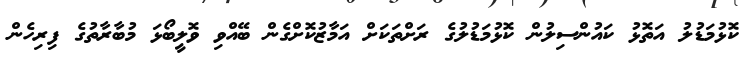
ކޮޅުމަޑުލު އަތޮޅު ކައުންސިލުން ކޮޅުމަޑުލުގެ ރަށްތަކަށް އަމާޒުކޮށްގެން ބޭއްވި ވޮލީބޯޅަ މުބާރާތުގެ ފިރިހެން